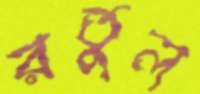
রতুল